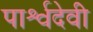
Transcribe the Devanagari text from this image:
पार्श्वदेवी